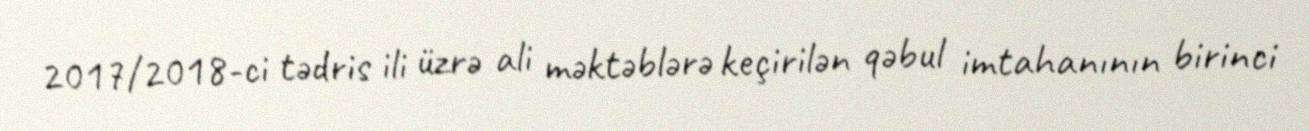
2017/2018-ci tədris ili üzrə ali məktəblərə keçirilən qəbul imtahanının birinci